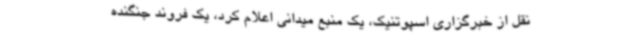
نقل از خبرگزاری اسپوتنیک، یک منبع میدانی اعلام کرد، یک فروند جنگنده